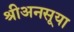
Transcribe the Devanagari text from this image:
श्रीअनसूया